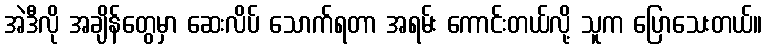
အဲဒီလို အချိန်တွေမှာ ဆေးလိပ် သောက်ရတာ အရမ်း ကောင်းတယ်လို့ သူက ပြောသေးတယ်။